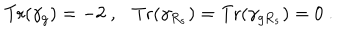
{ \mathrm { T r } } ( \gamma _ { g } ) = - 2 ~ , { \mathrm { T r } } ( \gamma _ { R _ { s } } ) = { \mathrm { T r } } ( \gamma _ { g R _ { s } } ) = 0 ~ .